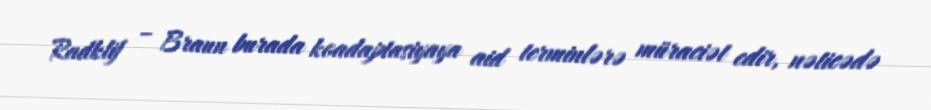
Radklif – Braun burada koadaptasiyaya aid terminlərə müraciət edir, nəticədə